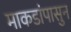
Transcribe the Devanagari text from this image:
माकडांपासुन